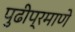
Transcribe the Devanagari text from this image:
पुढीप्रमाणे